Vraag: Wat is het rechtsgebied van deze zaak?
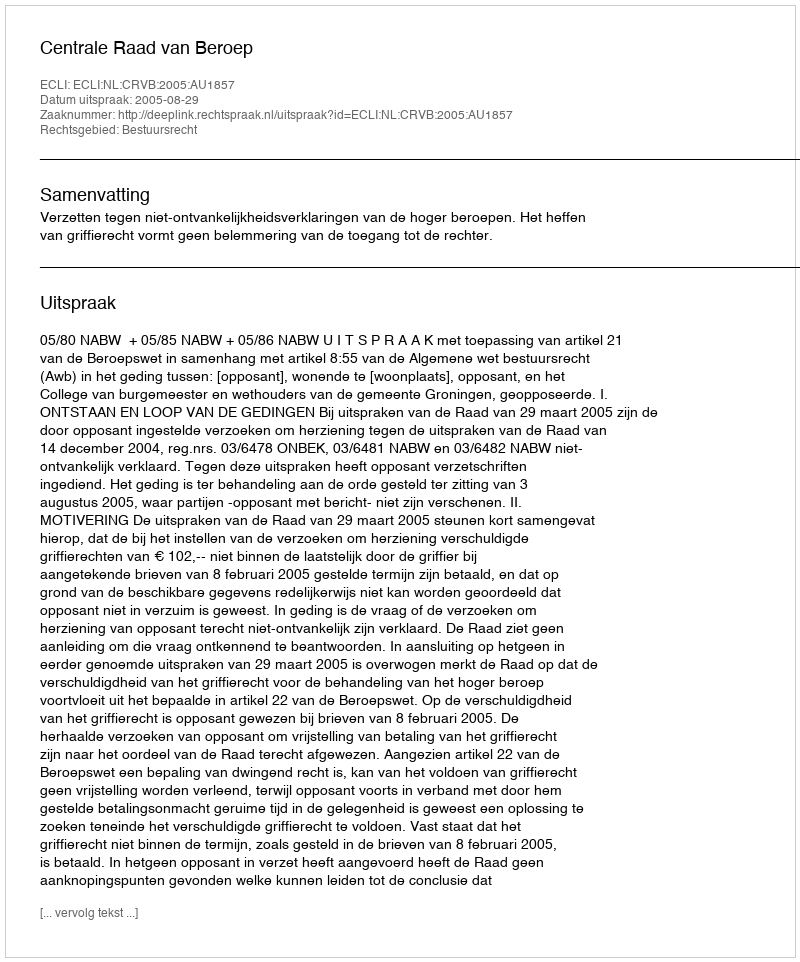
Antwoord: Bestuursrecht